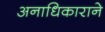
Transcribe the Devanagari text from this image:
अनाधिकाराने